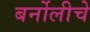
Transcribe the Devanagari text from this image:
बर्नोलीचे